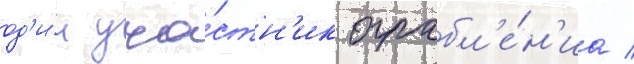
од'и́н уча́стн'ик ограбл'е́н'иа /